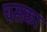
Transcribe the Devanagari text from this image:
चसका